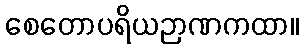
စေတောပရိယဉာဏကထာ။